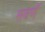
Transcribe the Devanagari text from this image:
सवर्णे